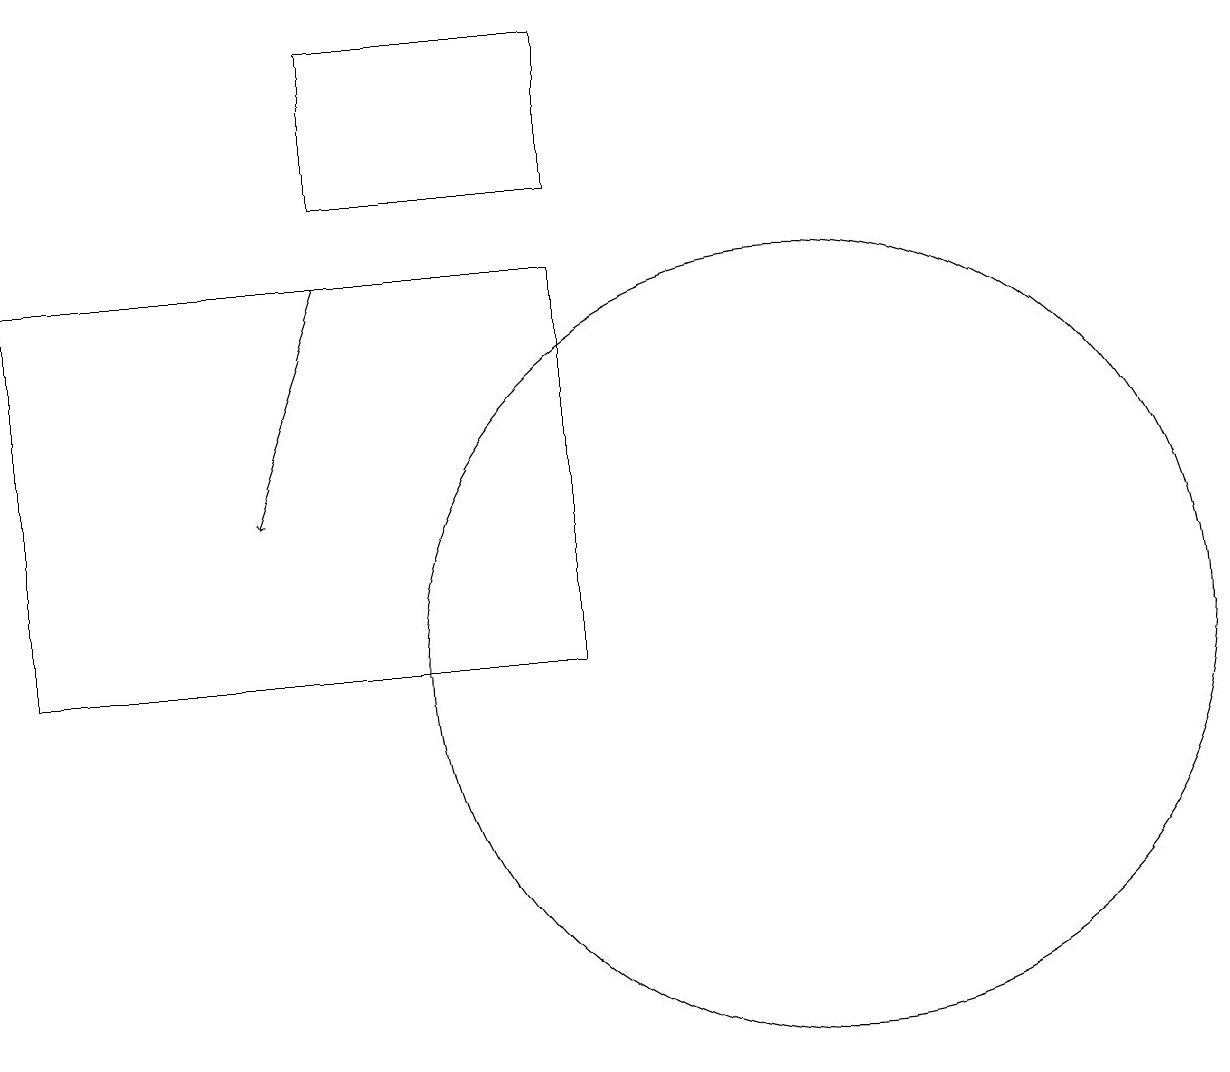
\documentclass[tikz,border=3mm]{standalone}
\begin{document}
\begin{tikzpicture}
\draw (8,16) rectangle (1,11);
\draw (8,19) rectangle (5,17);
\draw[->] (5,16) -- (4,13);
\draw (11,11) circle (5);
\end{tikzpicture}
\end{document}